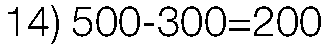
14) 500-300=200